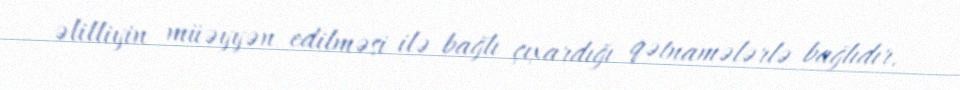
əlilliyin müəyyən edilməsi ilə bağlı çıxardığı qətnamələrlə bağlıdır.